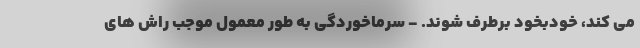
می کند، خودبخود برطرف شوند. - سرماخوردگی به طور معمول موجب راش های